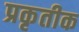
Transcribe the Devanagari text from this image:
प्रकृतीक